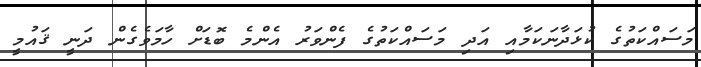
މަސައްކަތުގެ ކުޅަދާނަކަމާއި އަދި މަސައްކަތުގެ ފެންވަރު އެންމެ ބޮޑަށް ހާމަވެގެން ދަނީ ޤައުމީ